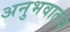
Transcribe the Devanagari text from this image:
अनुभवातच